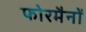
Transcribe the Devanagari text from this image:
फोरमैनाें